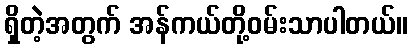
ရှိတဲ့အတွက် အန်ကယ်တို့ဝမ်းသာပါတယ်။